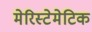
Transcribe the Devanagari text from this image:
मेरिस्टेमेटिक